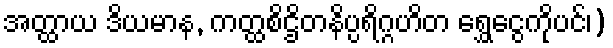
အတ္ထာယ ဒိယမာန, ကတ္ထစိဌိတနိပ္ပရိဂ္ဂဟိတ ရွှေငွေကိုပင်၊)